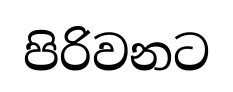
පිරිවනට